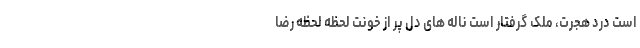
است درد هجرت، مَلک گرفتار است ناله های دلِ پر از خونت لحظه لحظه رضا